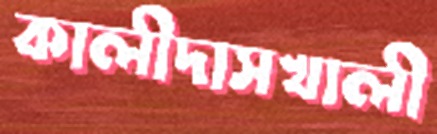
কালীদাসখালী